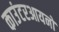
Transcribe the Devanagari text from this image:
काउंटरआयनों